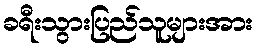
ခရီးသွားပြည်သူများအား